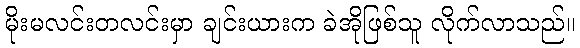
မိုးမလင်းတလင်းမှာ ချင်းယားက ခဲအိုဖြစ်သူ လိုက်လာသည်။